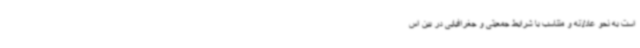
است به نحو عادلانه و متناسب با شرایط جمعیتی و جغرافیایی در بین اس